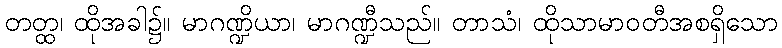
တတ္ထ၊ ထိုအခါ၌။ မာဂဏ္ဍိယာ၊ မာဂဏ္ဍီသည်။ တာသံ၊ ထိုသာမာဝတီအစရှိသော